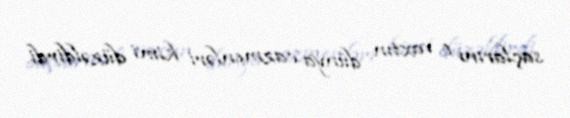
saçlarını o vaxtın dünya cazmenləri kimi düzəldirdi.